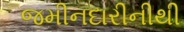
જમીનદારીનીથી